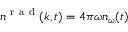
n ^ { \mathrm { ~ r ~ a ~ d ~ } } ( k , t ) = 4 \pi \omega n _ { \omega } ( t )